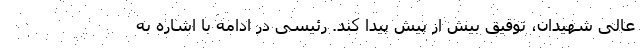
عالی شهیدان، توفیق بیش از پیش پیدا کند. رئیسی در ادامه با اشاره به